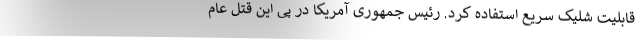
قابلیت شلیک سریع استفاده کرد. رئیس جمهوری آمریکا در پی این قتل عام